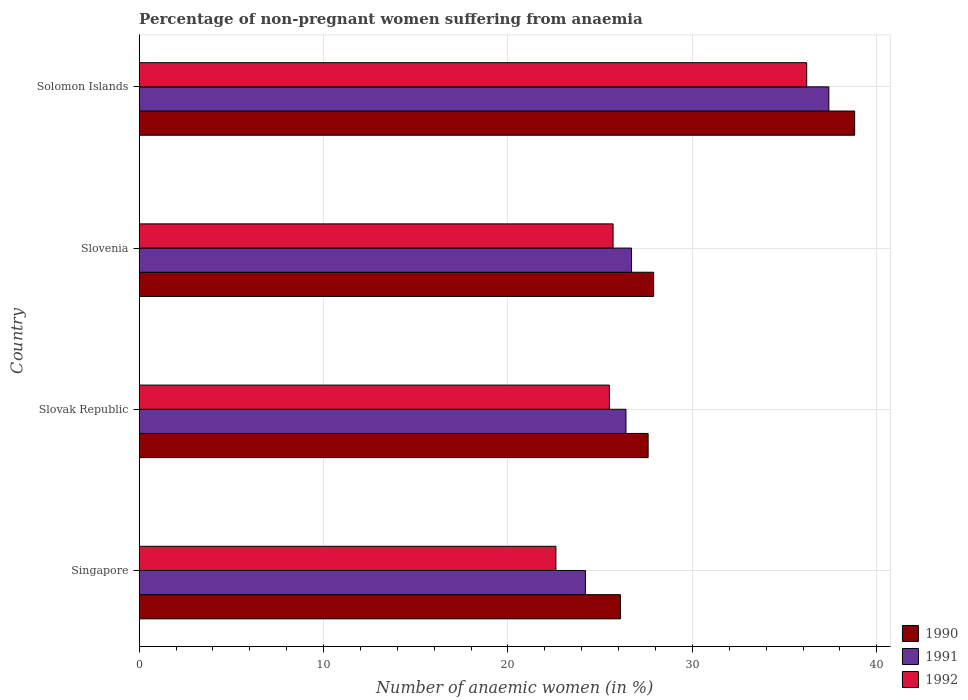
| Country | 1990 | 1991 | 1992 |
 | --- | --- | --- | --- |
 | Singapore | 26.1 | 24.2 | 22.6 |
 | Slovak Republic | 27.6 | 26.4 | 25.5 |
 | Slovenia | 27.9 | 26.7 | 25.7 |
 | Solomon Islands | 38.8 | 37.4 | 36.2 |